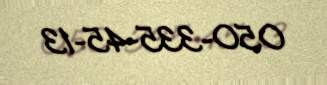
050-335-45-13